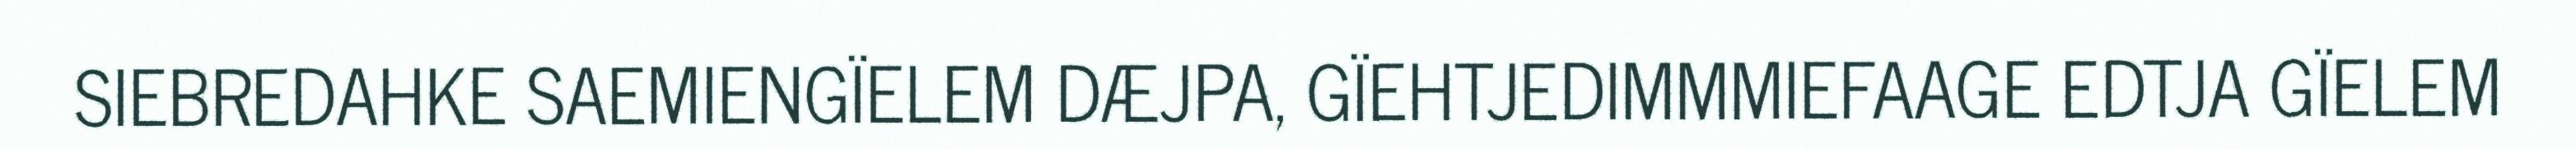
SIEBREDAHKE SAEMIENGÏELEM DÆJPA, GÏEHTJEDIMMMIEFAAGE EDTJA GÏELEM